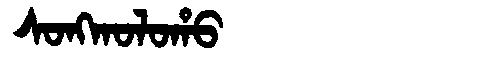
Manchu: ᠰᠣᠩᡴᠣᠯᠣᡥᠣ
Romanization: SONGKOLOHO